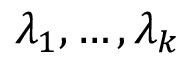
\lambda _ { 1 } , \ldots , \lambda _ { k }